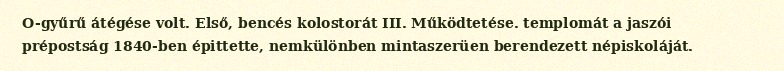
O-gyűrű átégése volt. Első, bencés kolostorát III. Működtetése. templomát a jaszói prépostság 1840-ben épittette, nemkülönben mintaszerüen berendezett népiskoláját.